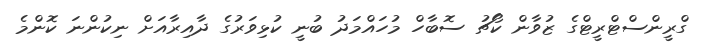
ގްރީންސްޓްރީޓްގެ ޒުވާން ކޯޗު ސޮބާހް މުހައްމަދު ބުނީ ކުޅިވަރުގެ ދާއިރާއަށް ނިކުންނަ ކޮންމެ